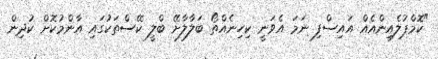
"ކޮމްޕުލެއިންއެއް އައިސްފި ނަމަ އެވަނީ ކިހިނެއްތޯ ބަލާލާށޭ ބްލީ ކޭސްތަކުގައި އާންމުކޮށް ކުދިން